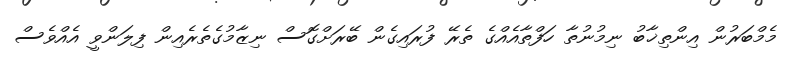
މެމްބަރުން އިންތިޚާބު ނިމުނުތާ ހަފްތާއެއްގެ ތެރޭ ފުރައިގެން ބޭރަށްގޮސް ނިޒާމުގެތެރެއިން ފިލަންވީ އެއްވެސް